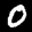
Label: 0